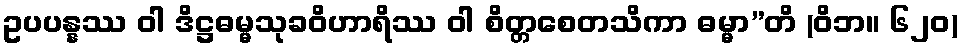
ဥပပန္နဿ ဝါ ဒိဋ္ဌဓမ္မသုခဝိဟာရိဿ ဝါ စိတ္တစေတသိကာ ဓမ္မာ”တိ (ဝိဘ။ ၆၂၀)